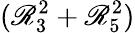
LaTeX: (\mathscr{R}_{3}^{2}+\mathscr{R}_{5}^{2})